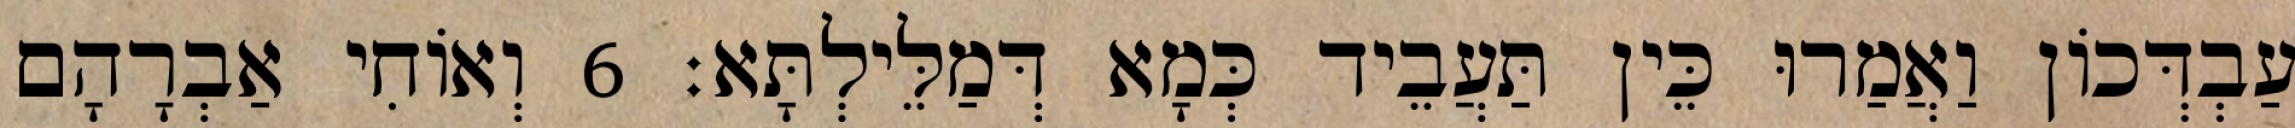
עַבְדְּכוֹן וַאֲמַרוּ כֵּין תַּעֲבֵיד כְּמָא דְּמַלֵּילְתָּא׃ 6 וְאוֹחִי אַבְרָהָם